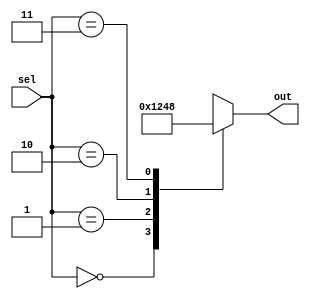
module unique_case_statement (
    input wire [1:0] sel,
    output reg [3:0] out
);

always @(*)
begin
    case(sel)
        2'b00: out = 4'b0001;
        2'b01: out = 4'b0010;
        2'b10: out = 4'b0100;
        2'b11: out = 4'b1000;
        default: out = 4'b0000;
    endcase
end

endmodule